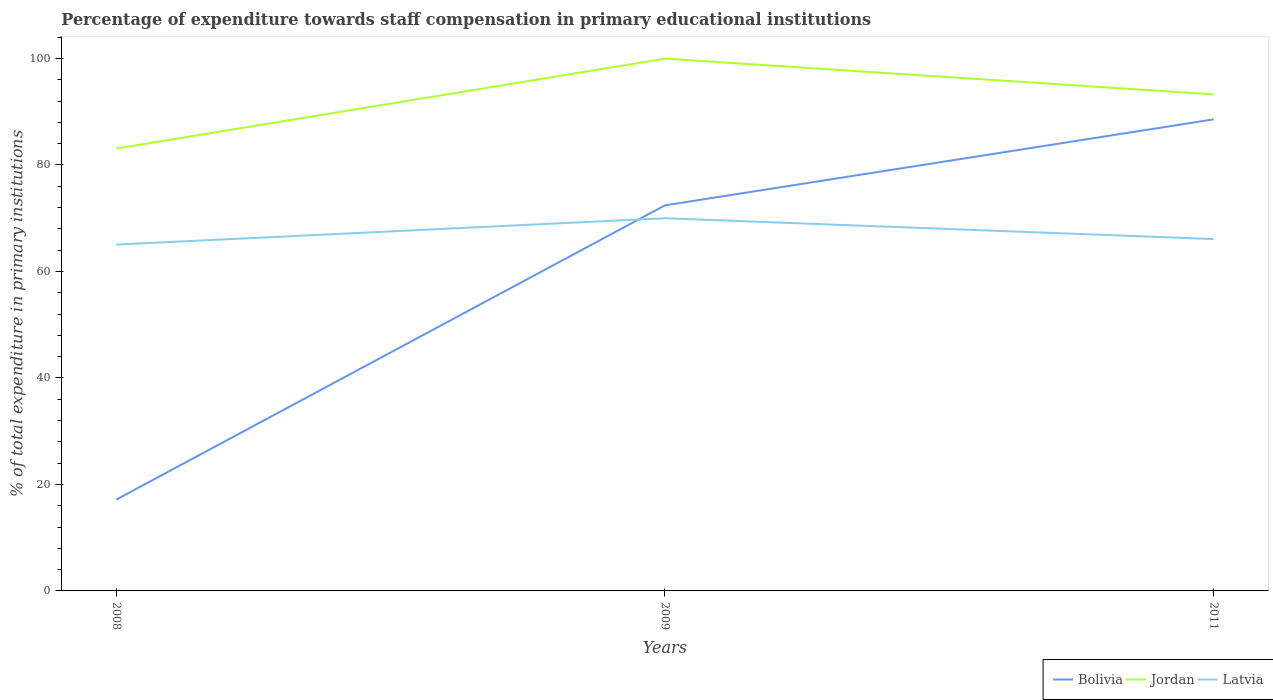
| Years | Bolivia | Jordan | Latvia |
 | --- | --- | --- | --- |
 | 2008 | 17.2 | 83.1 | 65 |
 | 2009 | 72.4 | 100 | 70 |
 | 2011 | 88.6 | 93.2 | 66.1 |